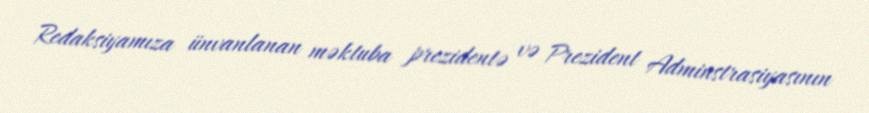
Redaksiyamıza ünvanlanan məktuba prezidentə və Prezident Adminstrasiyasının